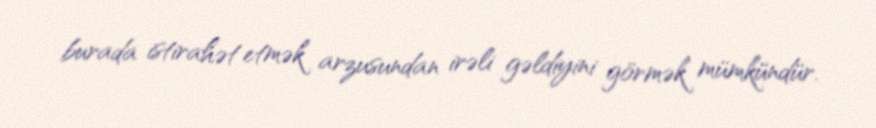
burada istirahət etmək arzusundan irəli gəldiyini görmək mümkündür.